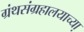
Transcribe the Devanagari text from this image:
ग्रंथसंग्रहालयाच्या़